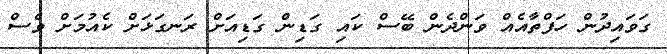
ގަވައިދުން ހަފްތާއެއް ވަންދެން ބޭސް ކައި ގަޑިން ގަޑިއަށް ރަނގަޅަށް ކެއުމަށް ވެސް